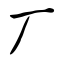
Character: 厂